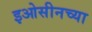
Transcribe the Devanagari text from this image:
इओसीनच्या